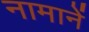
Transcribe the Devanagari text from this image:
नामानें